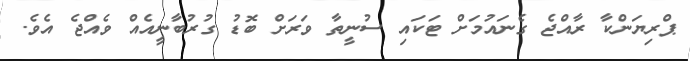
ޕްރިޔަންކާ ރާއްޖެ ގެނައުމަށް ޓަކައި ސުނީތާ ވަރަށް ބޮޑު ގުރުބާނީއެއް ވެއްޖެ އެވެ.